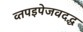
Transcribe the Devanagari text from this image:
व्तपइपेजवदद्ध